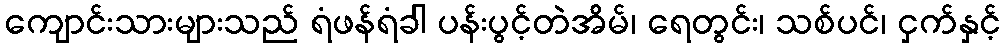
ကျောင်းသားများသည် ရံဖန်ရံခါ ပန်းပွင့်တဲအိမ်၊ ရေတွင်း၊ သစ်ပင်၊ ငှက်နှင့်